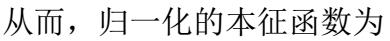
从而，归一化的本征函数为